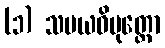
(၁) သမယဝိမုတ္တော